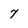
Character: 7